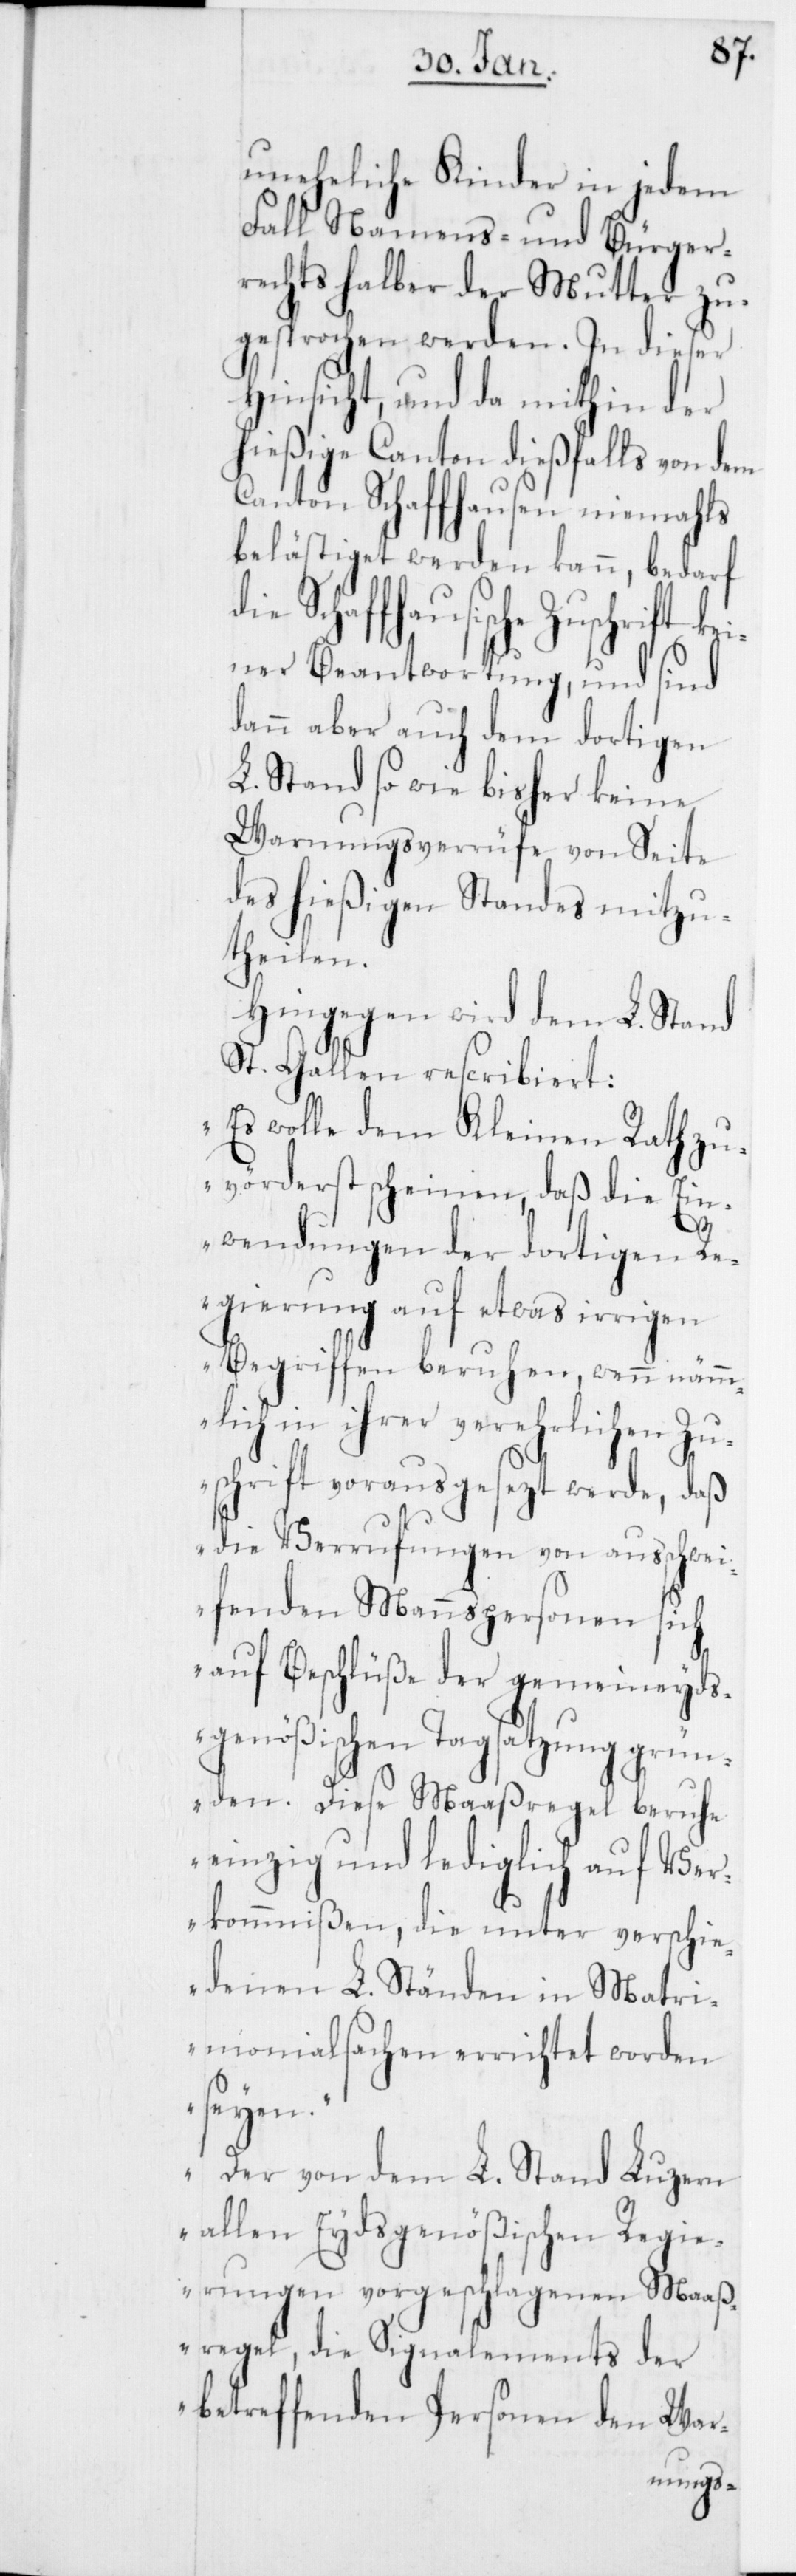
uneheliche Kinder in jedem
Fall Namens- und Bürger¬
rechts halber der Mutter zu¬
gesprochen werden. In dieser
Hinsicht, und da mithin der
hießige Canton dießfalls von dem
Canton Schaffhausen niemahls
belästiget werden kann, bedarf
Zuschrift kei¬
ner Beantwortung, und sind
dann aber auch dem dortigen
L. Stand so wie bisher keine
Warnungsverrüfe von Seite
des hießigen Standes mitzu¬
theilen.
Hingegen wird dem L. Stand
St. Gallen rescribiert:
„Es wolle dem Kleinen Rath zu¬
vörderst scheinen, daß die Ein¬
wendungen der dortigen Re¬
gierung auf etwas irrigen
Begriffen beruhen, wenn nämm¬
lich in ihrer verehrlichen Zu¬
schrift vorausgesezt werde, daß
die Verrufungen von ausschwei¬
fenden Mannspersonen sich
auf Beschlüße der gemeinseyds¬
genößischen Tagsatzung grün¬
den. Diese Maaßregel beruhe
einzig und lediglich auf Ver¬
kommnißen, die unter verschie¬
denen L. Ständen in Matri¬
monialsachen errichtet worden
seyen.
Der von dem L. Stand
Luzern
allen Eydsgenößischen Regi¬
erungen vorgeschlagenen Maaß¬
regel, die Signa¬
lements
der
betreffenden Pe¬
rsonen
War-